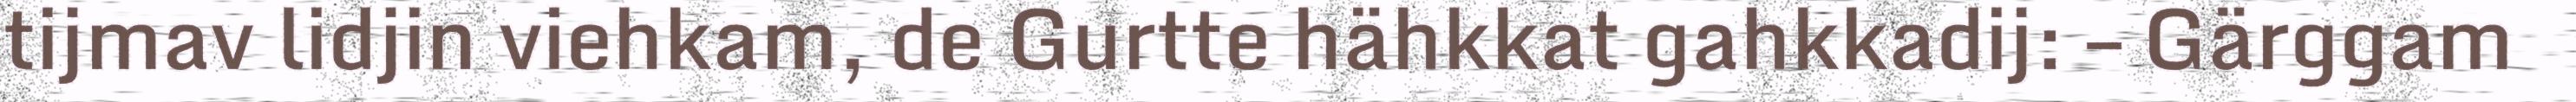
tijmav lidjin viehkam, de Gurtte hähkkat gahkkadij: – Gärggam